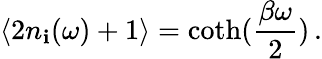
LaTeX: \langle2n_{\mathbf{i}}(\omega)+1\rangle=\coth(\frac{{\beta\omega}}{{2}})\, .